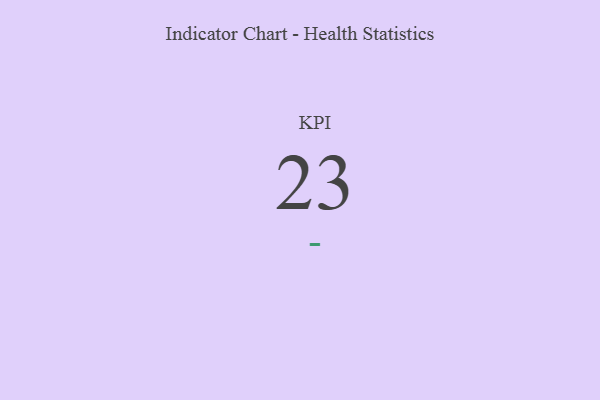
{"axis": {"x": "KPI", "y": "Value"}, "legend": [""], "data": [{"x": "KPI", "y": 23, "type": ""}]}